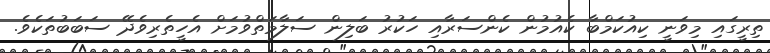
ތިރީގައި މިވަނީ ކިއުކަމްބާ ކެއުމުން ކެންސަރާއި ހަކުރު ބަލިން ސަލާމަތްވުމަށް އެހީތެރިވެދޭ ސަބަބުތަކެވެ.